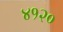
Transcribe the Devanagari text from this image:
४१२०